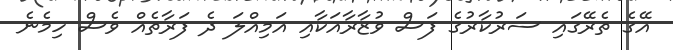
އޭގެ ތެރޭގައި ސަރުކާރުގެ ފަސް ވުޒާރާއަކާއި އަމިއްލަ ދެ ފަރާތެއް ވެސް ހިމެނެ